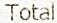
TOTAL